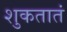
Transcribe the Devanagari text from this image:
शुकतातं